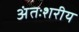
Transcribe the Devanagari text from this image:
अंतःशरीय